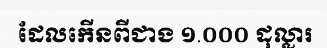
ដែលកើនពីជាង ១.០០០ ដុល្លារ